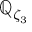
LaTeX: \mathbb { Q } _ { \zeta _ { 3 } }